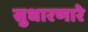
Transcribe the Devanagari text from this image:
सुधारणारे